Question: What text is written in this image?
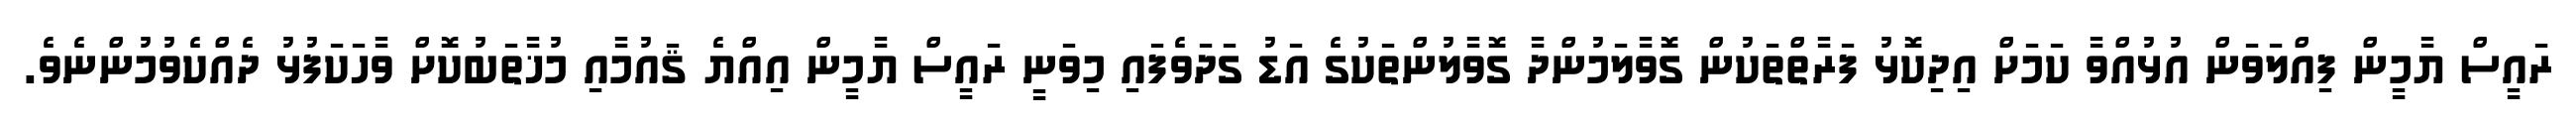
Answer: ރައީސް ޔާމީން ފިއްލަވަން އުޅުއްވާ ކަމަށް އިދިކޮޅު ފަރާތްތަކުން ގޮވާލަމުންދާ ގޮވާލުންތަކުގެ އަޑު ގަދަވެފައި މިވަނީ ރައީސް ޔާމީން އިއްޔެ ޤައުމާއި މުޚާތަބުކޮށް ވާހަކަފުޅު ދެއްކެވުމުންނެވެ.